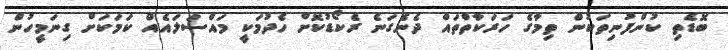
ބޮޑެތި ކުންފުނިތަކުން ތިމާގެ ހަރަކާތްތައް ދެނެގަނެ ރެކޯޑުކޮށް ހެދުމަކީ މައްސަލައެއް ކަމަކަށް ގިނަމީހުން